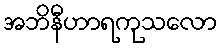
အဘိနီဟာရကုသလော